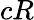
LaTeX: cR